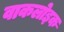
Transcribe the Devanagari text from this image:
वाकलोइक